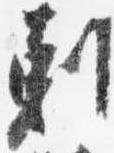
剋